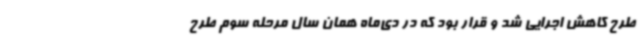
طرح کاهش اجرایی شد و قرار بود که در دی‌ماه همان سال مرحله سوم طرح